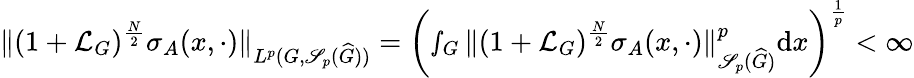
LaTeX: \Vert(1+\mathcal{L}_{G})^{\frac{N}{2}}\sigma_{A}(x,\cdot)\Vert_{L^{p}(G,\mathscr{S}_{p}(\widehat{G}))}=\left(\smallint_{G}\Vert(1+\mathcal{L}_{G})^{\frac{N}{2}}\sigma_{A}(x,\cdot)\Vert_{\mathscr{S}_{p}(\widehat{G})}^{p}\textnormal{d}x\right)^{\frac{1}{p}}<\infty